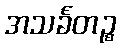
အသင်္ခတဉ္စ